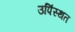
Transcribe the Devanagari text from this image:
उपिंस्थत